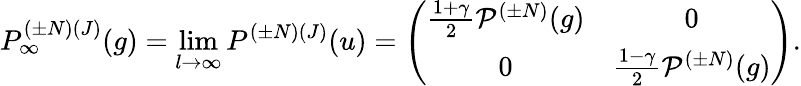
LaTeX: P_{\infty}^{({\pm}N)(J)}(g)=\operatorname*{lim}_{l{\rightarrow}{\infty}}P^{({\pm}N)(J)}(u)=\left(\begin{array}{cc}{{\frac{1+{\gamma}}{2}{\cal P}^{({\pm}N)}(g)}}&{{0}}\\ {{0}}&{{\frac{1-{\gamma}}{2}{\cal P}^{({\pm}N)}(g)}}\end{array}\right).